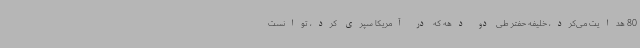
80 هدایت می‌کرد، خلیفه حفتر طی دو دهه که در آمریکا سپری کرد، توانست